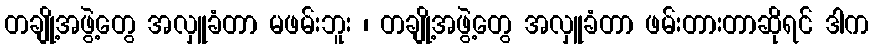
တချို့အဖွဲ့တွေ အလှူခံတာ မဖမ်းဘူး ၊ တချို့အဖွဲ့တွေ အလှူခံတာ ဖမ်းတားတာဆိုရင် ဒါက